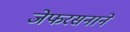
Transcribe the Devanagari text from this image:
जेफरसनाने